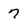
Character: 7